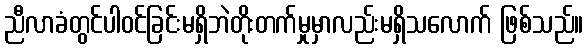
ညီလာခံတွင်ပါဝင်ခြင်းမရှိဘဲတိုးတက်မှုမှာလည်းမရှိသလောက် ဖြစ်သည်။